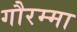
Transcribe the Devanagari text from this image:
गौरम्मा